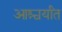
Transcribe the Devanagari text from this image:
आश्चर्यांत